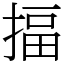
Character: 揊